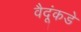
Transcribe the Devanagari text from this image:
वैदूंकडे